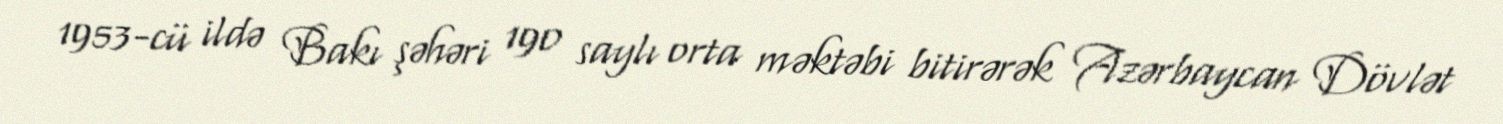
1953-cü ildə Bakı şəhəri 190 saylı orta məktəbi bitirərək Azərbaycan Dövlət